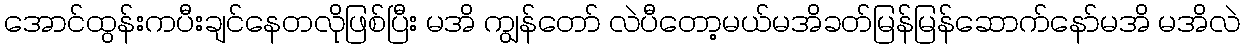
အောင်ထွန်းကပီးချင်နေတလိုဖြစ်ပြီး မအိ ကျွန်တော် လဲပီတော့မယ်မအိခတ်မြန်မြန်ဆောက်နော်မအိ မအိလဲ